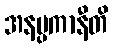
အနပ္ပကာနီတိ